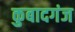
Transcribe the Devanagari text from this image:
कुबादगंज